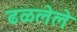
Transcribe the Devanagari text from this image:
ढळलेले